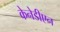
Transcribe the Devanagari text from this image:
केनेडीएन